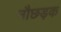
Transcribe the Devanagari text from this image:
नौछड़क